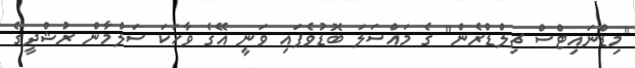
"މިޑްނައިޓްސް ޗިލްޑްރެން" ގެ މައްސަލަ ބޮޑުވެފައި ވަނީ އޭގެ ވާހަކަ ސަލްމާން ރުޝްދީގެ